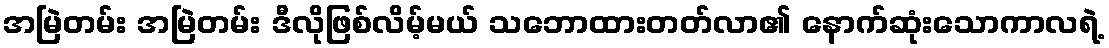
အမြဲတမ်း အမြဲတမ်း ဒီလိုဖြစ်လိမ့်မယ် သဘောထားတတ်လာ၏ နောက်ဆုံးသောကာလရဲ့